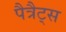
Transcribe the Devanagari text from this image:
पैत्रैट्स